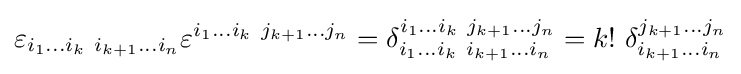
\varepsilon _{i_{1}\dots i_{k}~i_{k+1}\dots i_{n}}\varepsilon ^{i_{1}\dots i_{k}~j_{k+1}\dots j_{n}}=\delta _{i_{1}\ldots i_{k}~i_{k+1}\ldots i_{n}}^{i_{1}\dots i_{k}~j_{k+1}\ldots j_{n}}=k!~\delta _{i_{k+1}\dots i_{n}}^{j_{k+1}\dots j_{n}}